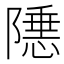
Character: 𬯝